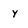
Character: y